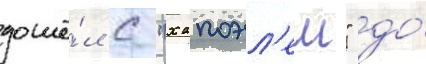
дошё́л с "хапоэл'ем" до́